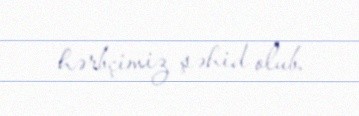
hərbçimiz şəhid olub.